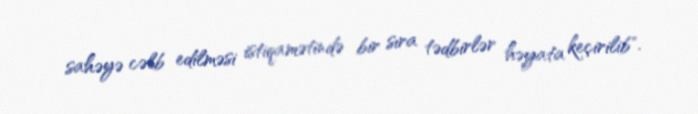
sahəyə cəlb edilməsi istiqamətində bir sıra tədbirlər həyata keçirilib".